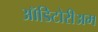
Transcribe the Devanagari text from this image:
ऑडिटोरीअम